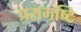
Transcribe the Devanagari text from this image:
प्रसमष्‍टि